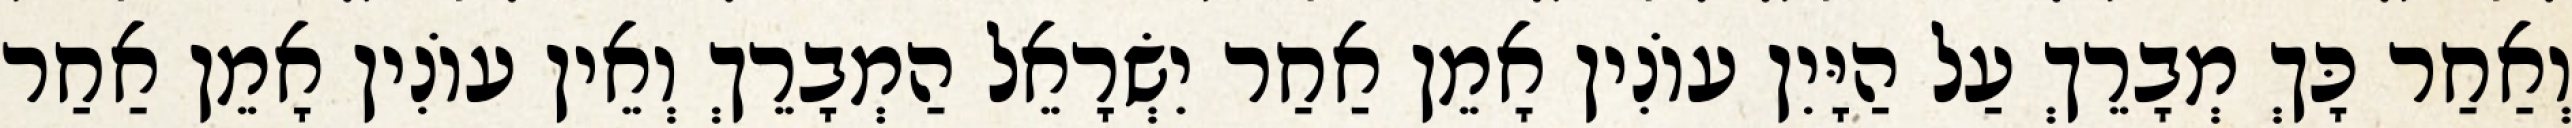
וְאַחַר כָּךְ מְבָרֵךְ עַל הַיָּיִן עוֹנִין אָמֵן אַחַר יִשְׂרָאֵל הַמְבָרֵךְ וְאֵין עוֹנִין אָמֵן אַחַר